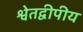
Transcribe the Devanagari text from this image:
श्वेतद्वीपीय